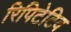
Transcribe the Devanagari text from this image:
रिपिटेटिव